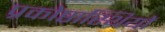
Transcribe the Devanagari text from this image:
प्रकोष्ठास्थियों